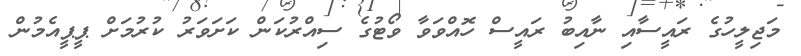
މަޖިލީހުގެ ރައީސާއި ނާއިބު ރައީސް ހޮއްވަވާ ވޯޓުގެ ސިއްރުކަން ކަށަވަރު ކުރުމަށް ޕީޕީއެމުން